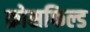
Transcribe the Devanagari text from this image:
क्रोसफिल्ड